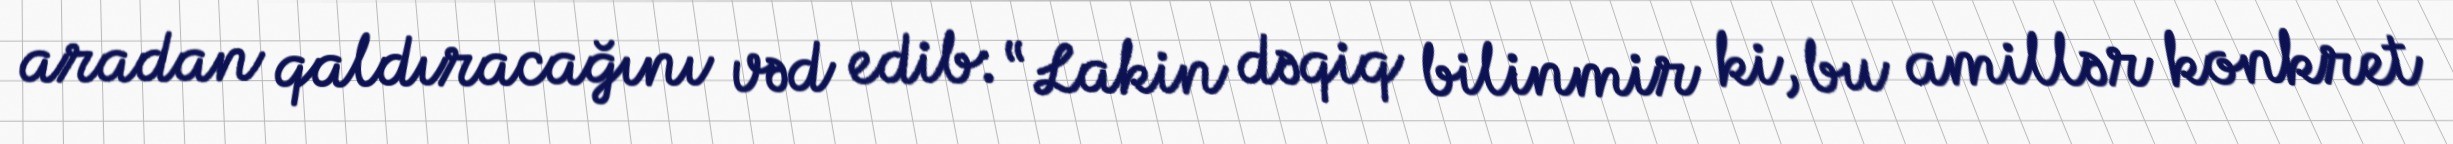
aradan qaldıracağını vəd edib: “Lakin dəqiq bilinmir ki, bu amillər konkret